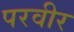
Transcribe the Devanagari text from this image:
परवीर